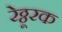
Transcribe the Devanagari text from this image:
रेठ्ठूरक